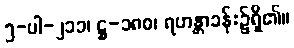
၅-ပါ-၂၁၁၊ ဋ္ဌ-၁၈၀၊ ရဟန္တာခန်း၌ရှိ၏။